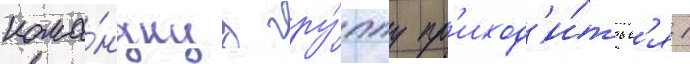
кома́нднуу гру́ппу пр'иход'и́тьс'я 1